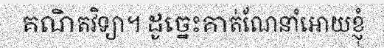
គណិតវិទ្យា។ ដូច្នេះគាត់ណែនាំអោយខ្ញុំ